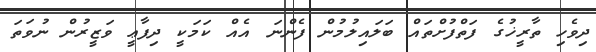
ދިވެހި ތާރީޚުގެ ފަތްފުށްތައް ބަލައިލުމުން ފެންނަ އެއް ކަމަކީ ދިފާޢީ ވަޒީރުން ނުވަތަ